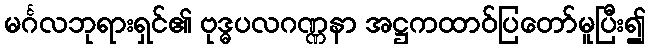
မင်္ဂလဘုရားရှင်၏ ဗုဒ္ဓပလဂဏ္ဏနာ အဋ္ဌကထာဝ်ပြတော်မူပြီး၍